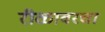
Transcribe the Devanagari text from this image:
रीळावरचा